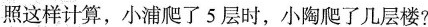
照这样计算，小浦爬了5层时，小陶爬了几层楼？